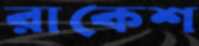
রাকেশ